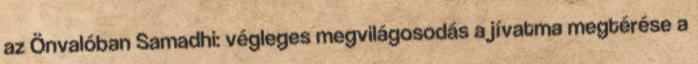
az Önvalóban Samadhi: végleges megvilágosodás a jívatma megtérése a